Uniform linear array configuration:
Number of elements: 8
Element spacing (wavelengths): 0.75
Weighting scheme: hann
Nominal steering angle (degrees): -60
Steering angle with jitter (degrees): -60.639
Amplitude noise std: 0.05
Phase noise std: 0.05

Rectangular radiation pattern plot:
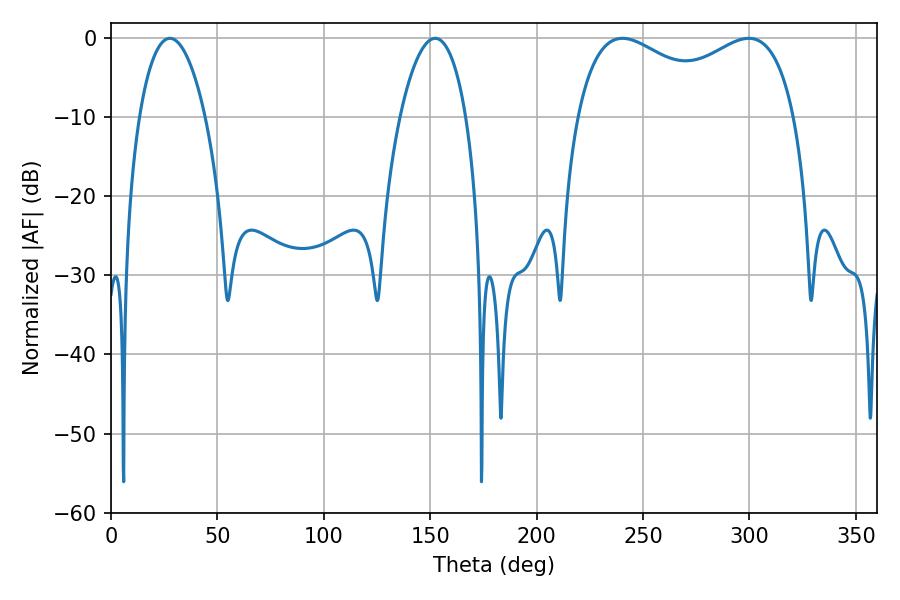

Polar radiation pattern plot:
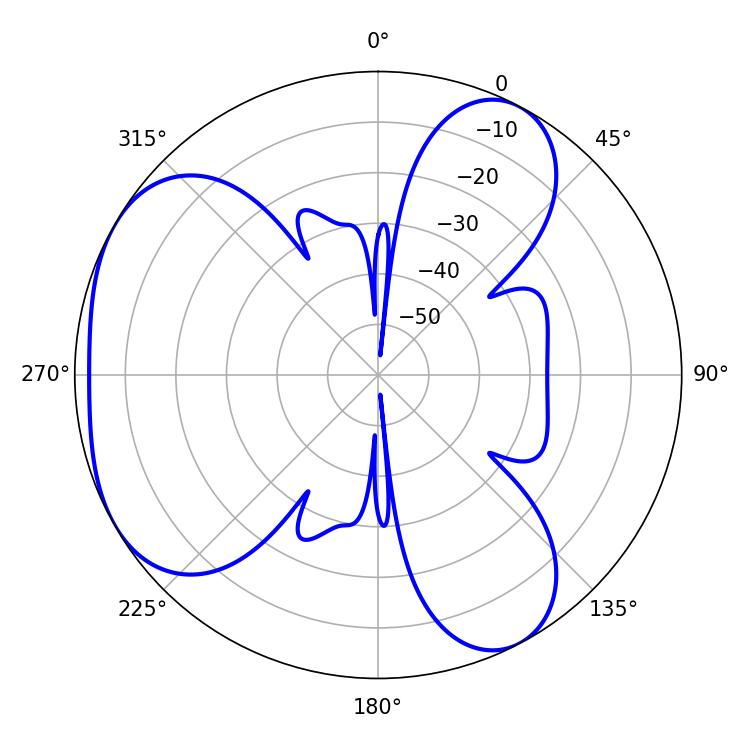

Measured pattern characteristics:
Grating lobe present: TRUE
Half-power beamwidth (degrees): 85.32
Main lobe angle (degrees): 240.3